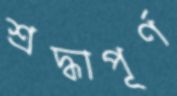
শ্রদ্ধাপূর্ণ